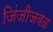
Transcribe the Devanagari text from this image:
जिंजीजवळ